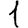
Digit: 1